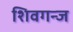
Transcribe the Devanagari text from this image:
शिवगन्ज